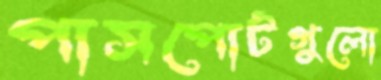
পাসপোর্টগুলো